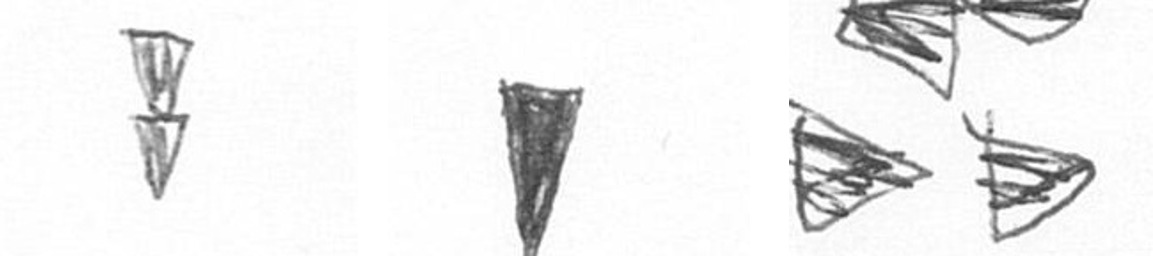
Z J B